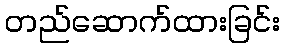
တည်ဆောက်ထားခြင်း